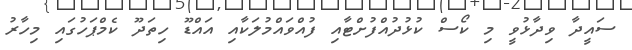
ސައީދާ ވިދާޅުވީ މި ކޯސް ކުޅުދުއްފުށްޓާއި ފުއްވައްމުލަކާއި އައްޑޫ ހިތަދޫ ކެމްޕަހުގައި މިހާރު